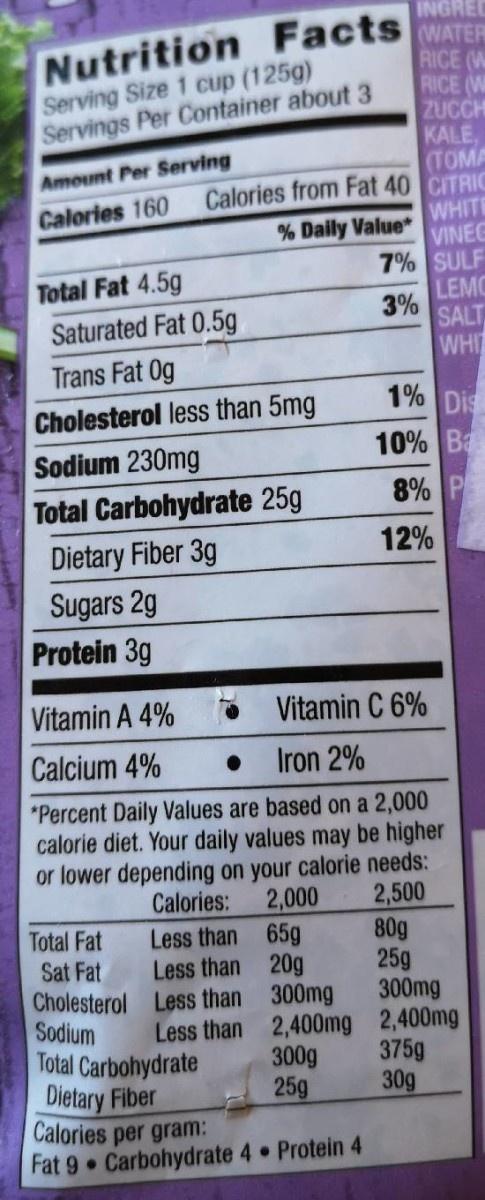
INGRED Nutrition Facts WATER RICE (W RICE (W ZUCCH Serving Size 1 cup (125g) Servings Per Container about 3 KALE, TOMA Amount Per Serving Calories from Fat 40 CITRIC WHITE VINEC Calories 160 % Daily Value* 7% SULF LEMO 3% SALT Total Fat 4.5g Saturated Fat 0.5g WHI Trans Fat 0g 1% Dis Cholesterol less than 5mg 10% Ba Sodium 230mg 8% Total Carbohydrate 25g 12% Dietary Fiber 3g Sugars 2g Protein 3g Vitamin A 4% Vitamin C 6% Calcium 4% Iron 2% *Percent Daily Values are based on a 2,000 calorie diet. Your daily values may be higher or lower depending on your calorie needs: 2,000 Less than 65g Less than 20g Calories: 2,500 80g 25g 300mg Total Fat Sat Fat Cholesterol Less than 300mg Sodium Total Carbohydrate Dietary Fiber Calories per gram: Fat 9 Carbohydrate 4 Protein 4 Less than 2,400mg 2,400mg 300g 25g 375g 30g